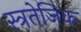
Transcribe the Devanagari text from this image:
स्त्रतेजिक